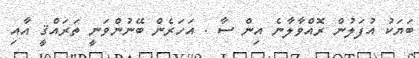
ބަޔަކު އުފަލުން ރޮއްވާލާނެ އިން ސާ . އަހަރެން ބޭނުންވަނީ ތަރައްޤީ އާއި